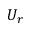
U _ { r }